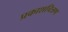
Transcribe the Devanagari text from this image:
प्रकाशचित्रण